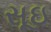
સૂઇ